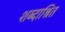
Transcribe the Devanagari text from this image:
शब्दाश्रित